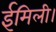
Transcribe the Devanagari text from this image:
ईमिली।